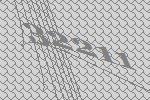
32211